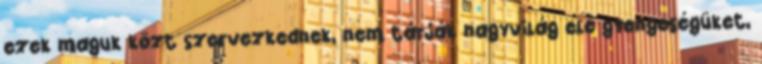
ezek maguk közt szervezkednek, nem tárják nagyvilág elé gyengeségüket,